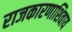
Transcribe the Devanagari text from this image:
राजकारणाशिवाय